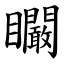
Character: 矙